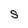
Character: S